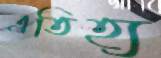
এতিহ্য